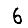
Digit: 6